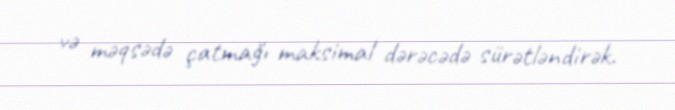
və məqsədə çatmağı maksimal dərəcədə sürətləndirək.